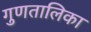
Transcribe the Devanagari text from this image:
गुणतालिका